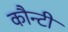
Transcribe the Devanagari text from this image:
कौन्टी